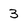
Character: 3